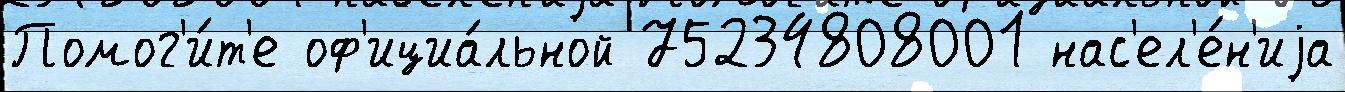
Помог'и́т'е оф'ициа́льной 75234808001 нас'ел'е́н'иjа